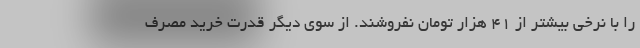
را با نرخی بیشتر از ۴۱ هزار تومان نفروشند. از سوی دیگر قدرت خرید مصرف